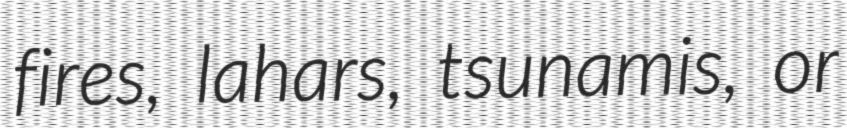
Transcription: fires, lahars, tsunamis, or